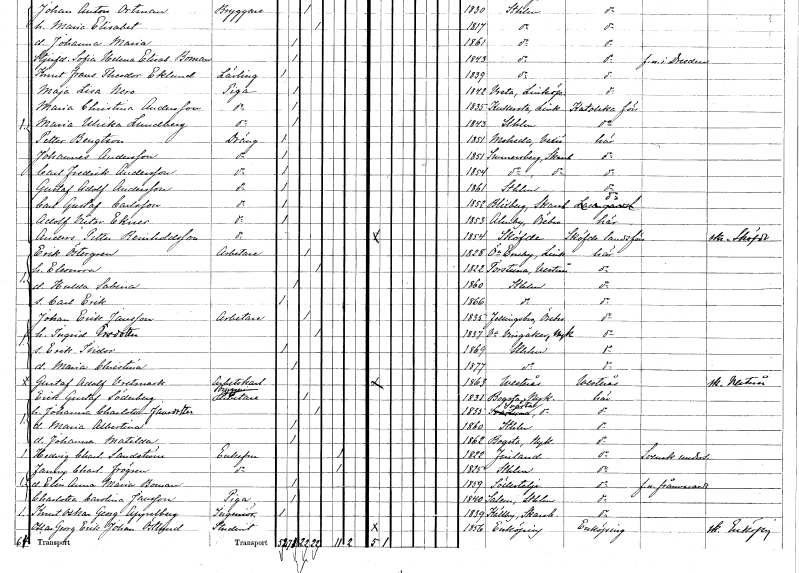
gt_parse: households: individuals: FN: Johan Anton
EN: Ortman
YRKE: Bryggare
KON: M
CIV: G
FODAR: 1830
FODFORS: Stockholm
FN: Maria Elisabet
KON: K
CIV: G
FODAR: 1817
FODFORS: Stockholm
FN: Johanna Maria
KON: K
CIV: O
FODAR: 1861
FODFORS: Stockholm
FN: Sofia Helena Elisabet
EN: Boman
KON: K
CIV: O
FODAR: 1843
FODFORS: Stockholm
FN: Knut Frans Theodor
EN: Eklund
YRKE: Lärling
KON: M
CIV: O
FODAR: 1839
FODFORS: Stockholm
FN: Maja Lisa
EN: Nero
YRKE: Piga
KON: K
CIV: O
FODAR: 1842
FODFORS: Vreta kloster Östergötlands län
FN: Maria Christina
EN: Andersson
YRKE: Piga
KON: K
CIV: O
FODAR: 1835
FODFORS: Kullerstad Östergötlands län
FN: Maria Ulrika
EN: Lundberg
YRKE: Piga
KON: K
CIV: O
FODAR: 1843
FODFORS: Stockholm
FN: Petter
EN: Bengtson
YRKE: Dräng
KON: M
CIV: O
FODAR: 1851
FODFORS: Moheda Kronobergs län
FN: Johannes
EN: Andersson
YRKE: Dräng
KON: M
CIV: O
FODAR: 1851
FODFORS: Sunnersberg Skaraborgs län
FN: Carl Fredrik
EN: Andersson
YRKE: Dräng
KON: M
CIV: O
FODAR: 1854
FODFORS: Sunnersberg Skaraborgs län
FN: Gustaf Adolf
EN: Andersson
YRKE: Dräng
KON: M
CIV: O
FODAR: 1861
FODFORS: Stockholm
FN: Carl Gustaf
EN: Carlsson
YRKE: Dräng
KON: M
CIV: O
FODAR: 1852
FODFORS: Blidsberg Älvsborgs län
FN: Adolf Victor
EN: Ekner
YRKE: Dräng
KON: M
CIV: O
FODAR: 1853
FODFORS: Almby Örebro län
FN: Anders Petter
EN: Reinholdsson
YRKE: Dräng
KON: M
CIV: O
FODAR: 1854
FODFORS: Skövde Skaraborgs län
FN: Erik
EN: Östergren
YRKE: Arbetare
KON: M
CIV: G
FODAR: 1828
FODFORS: Östra Eneby Östergötlands län
FN: Eleonora
KON: K
CIV: G
FODAR: 1822
FODFORS: Torstuna Uppsala län
FN: Hulda Sabina
KON: K
CIV: O
FODAR: 1860
FODFORS: Stockholm
FN: Carl Erik
KON: M
CIV: O
FODAR: 1866
FODFORS: Stockholm
FN: Johan Erik
EN: Jansson
YRKE: Arbetare
KON: M
CIV: G
FODAR: 1835
FODFORS: Fellingsbro Örebro län
FN: Ingrid
EN: Ersdotter
KON: K
CIV: G
FODAR: 1837
FODFORS: Västra Vingåker Södermanlands län
FN: Erik Isidor
KON: M
CIV: O
FODAR: 1869
FODFORS: Stockholm
FN: Maria Christina
KON: K
CIV: O
FODAR: 1877
FODFORS: Stockholm
FN: Gustaf Adolf
EN: Vretmark
YRKE: Arbetskarl
KON: M
CIV: O
FODAR: 1863
FODFORS: Västerås Västmanlands län
FN: Erik Gustaf
EN: Söderberg
YRKE: Bryggeriarbetare
KON: M
CIV: G
FODAR: 1831
FODFORS: Bogsta Södermanlands län
FN: Johanna Charlotta
EN: Jansdotter
KON: K
CIV: G
FODAR: 1835
FODFORS: Svärta Södermanlands län
FN: Maria Albertina
KON: K
CIV: O
FODAR: 1860
FODFORS: Stockholm
FN: Johanna Matilda
KON: K
CIV: O
FODAR: 1862
FODFORS: Bogsta Södermanlands län
FN: Hedvig Charlotta
EN: Sandström
KON: K
CIV: E
FODAR: 1822
FN: Fanny Charlotta
EN: Frögren
KON: K
CIV: E
FODAR: 1825
FODFORS: Stockholm
FN: Elin Anna Maria
EN: Boman
KON: K
CIV: O
FODAR: 1859
FODFORS: Södertälje Stockholms län
FN: Charlotta Carolina
EN: Jansson
YRKE: Piga
KON: K
CIV: O
FODAR: 1840
FODFORS: Salem Stockholms län
FN: Knut Oskar Georg
EN: Appelberg
YRKE: Ingenjör
KON: M
CIV: O
FODAR: 1839
FODFORS: Källby Skaraborgs län
FN: Oscar Georg Erik Johan
EN: Östlund
YRKE: Student
KON: M
CIV: O
FODAR: 1856
FODFORS: Enköping Uppsala län